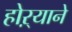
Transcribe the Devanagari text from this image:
होऱ्याने